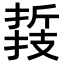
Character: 𢴛